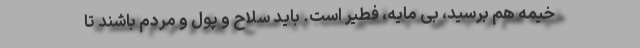
خیمه هم برسید، بی مایه، فطیر است. باید سلاح و پول و مردم باشند تا